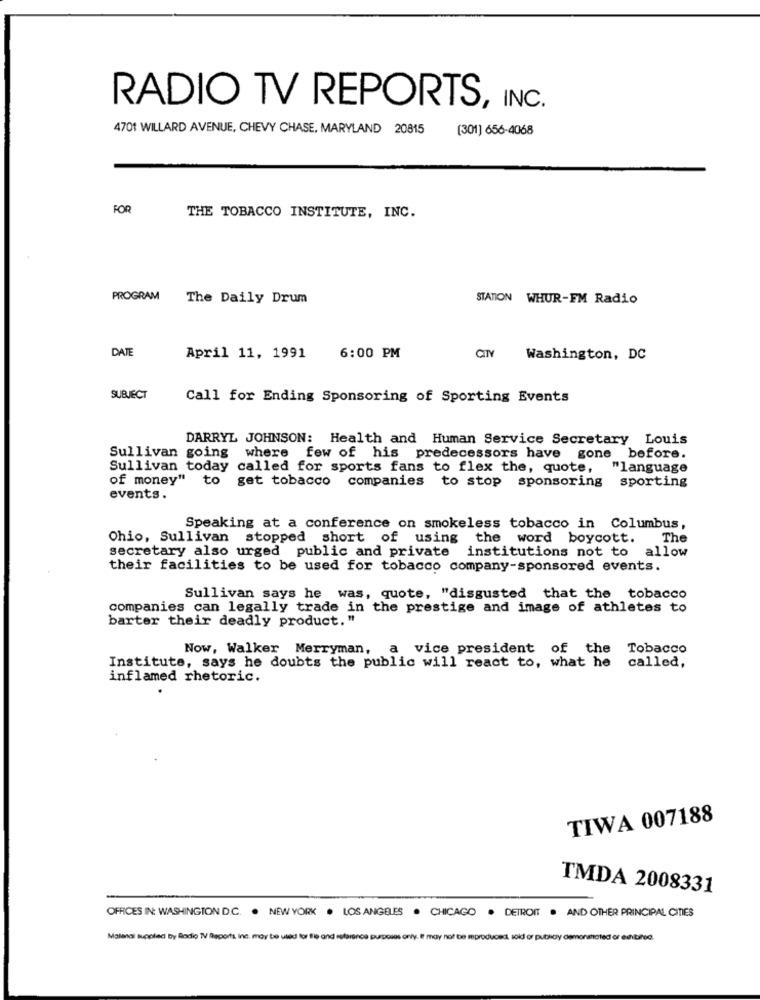
RADIO TV REPORTS, INC.
4701 WILLARD AVENUE, CHEVY CHASE, MARYLAND 20815
(301] 656-4068
FOR
THE TOBACCO INSTITUTE, INC.
PROGRAM The Daily Drum
STATION WHUR-FM Radio
DATE
April 11, 1991
6:00 PM
CITY
Washington, DC
SUBJECT
Call for Ending Sponsoring of Sporting Events
DARRYL JOHNSON: Health and Human Service Secretary Louis
Sullivan going where few of his predecessors have gone before.
Sullivan today called for sports fans to flex the, quote,
"language
of money" to
get tobacco companies to stop sponsoring
sporting
events.
Speaking at a conference on smokeless tobacco in Columbus,
Ohio, Sullivan stopped short of using
the word boycott.
The
secretary also urged public and private institutions not to
allow
their facilities to be used for tobacco company-sponsored events.
Sullivan says he was, quote, "disgusted that the tobacco
companies can legally trade in the prestige and image of athletes to
barter their deadly product. "
Now, Walker Merryman,
a vice president of the Tobacco
Institute, says he doubts the public will react to, what he called,
inflamed rhetoric.
TIWA 007188
TMDA 2008331
OFFICES IN WASHINGTON D.C. . NEW YORK . LOS ANGELES . CHICAGO . DETROIT . AND OTHER PRINCIPAL CITIES
Malenai supplied by Bodio TV Reports, inc. may be used for lie and reference purposes only. It may not be reproduced, sold or publicly demonstrated or exhibited.